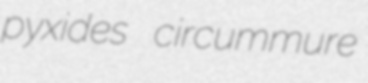
pyxides circummure